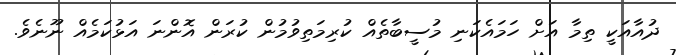
ދުއާއަކީ ތިމާ އަށް ހަމައެކަނި މުސީބާތެއް ކުރިމަތިވުމުން ކުރަން އޮންނަ އަޅުކަމެއް ނޫނެވެ.